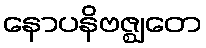
နောပနိဗဇ္ဈတေ